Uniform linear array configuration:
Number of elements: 12
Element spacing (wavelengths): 1
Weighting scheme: kaiser
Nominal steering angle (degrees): -30
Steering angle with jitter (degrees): -29.267
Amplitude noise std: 0.05
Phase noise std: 0.05

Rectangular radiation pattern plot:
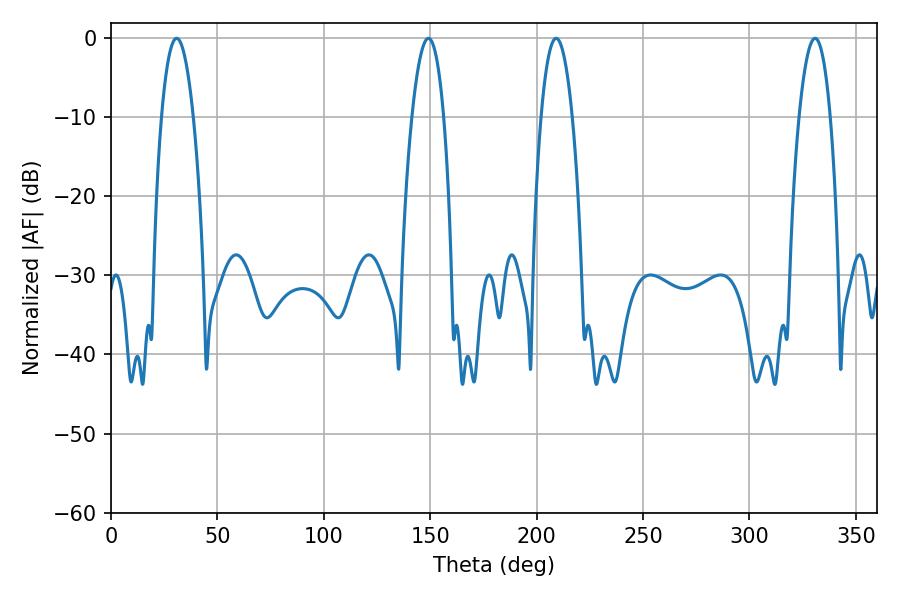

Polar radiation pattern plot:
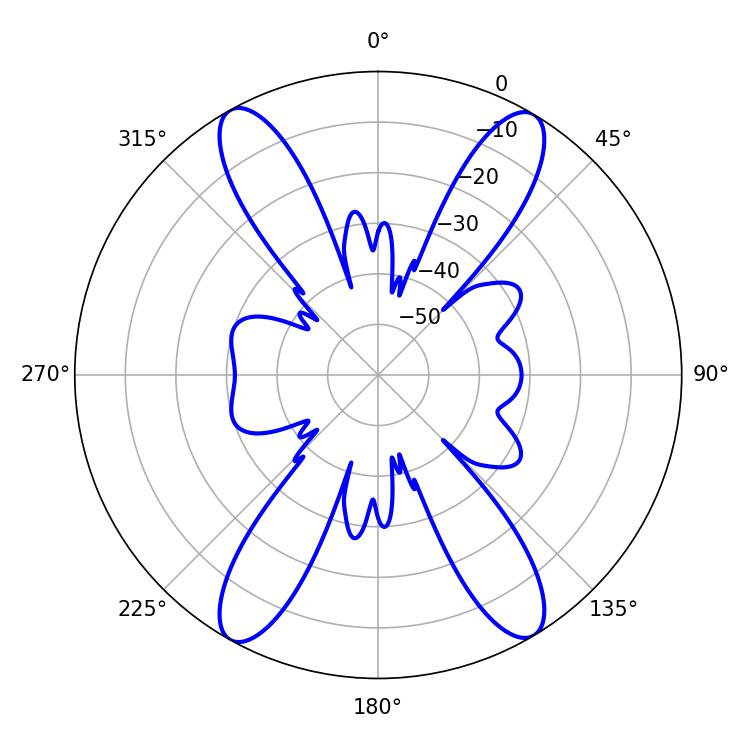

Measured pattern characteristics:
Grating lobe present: TRUE
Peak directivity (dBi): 22.576
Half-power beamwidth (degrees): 8.1
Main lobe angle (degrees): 330.84